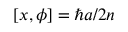
\left[ x , \phi \right] = { \hbar a } / { 2 n }